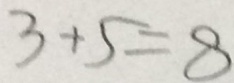
3 + 5 = 8